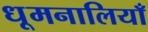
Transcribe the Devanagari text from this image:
धूमनालियाँ